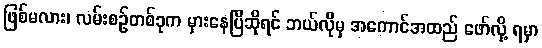
ဖြစ်မလား၊ လမ်းစဉ်တစ်ခုက မှားနေပြီဆိုရင် ဘယ်လိုမှ အကောင်အထည် ဖော်လို့ ရမှာ